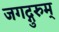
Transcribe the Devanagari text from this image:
जगद्गुरुम्